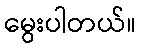
မွေးပါတယ်။